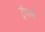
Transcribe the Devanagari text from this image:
ट्रॅवर्स